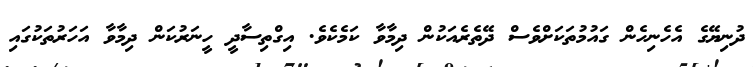
ދުނިޔޭގެ އެހެނިހެން ގައުމުތަކަށްވެސް ދޭތެރެއަކުން ދިމާވާ ކަމެކެވެ. އިގްތިސާދީ ހީނަރުކަން ދިމާވާ އަހަރުތަކުގައި